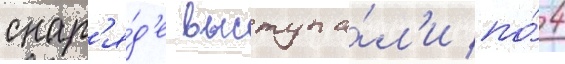
снар'я́д'е выступа́л'и по́ 4